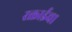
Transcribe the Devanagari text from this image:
रक्ताईचा